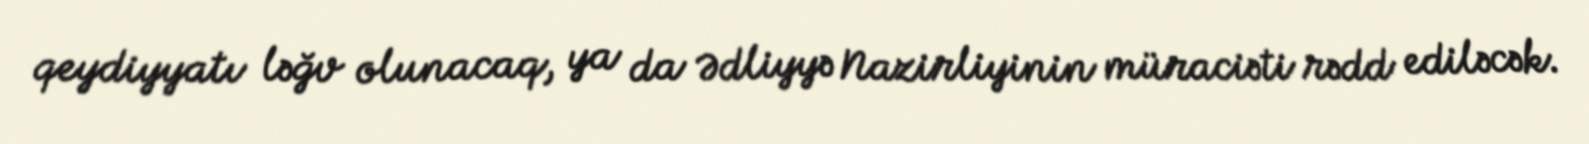
qeydiyyatı ləğv olunacaq, ya da Ədliyyə Nazirliyinin müraciəti rədd ediləcək.